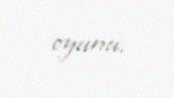
oyunu.